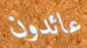
عائدون